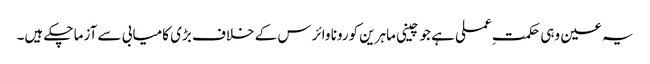
یہ عین وہی حکمتِ عملی ہے جو چینی ماہرین کورونا وائرس کے خلاف بڑی کامیابی سے آزما چکے ہیں۔